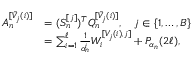
\begin{array} { r l } { A _ { n } ^ { [ \tilde { V } _ { j } ( i ) ] } } & { = ( S _ { n } ^ { [ j ] } ) ^ { T } Q _ { n } ^ { [ \tilde { V } _ { j } ( i ) ] } , \quad j \in \{ 1 , \dotsc , B \} } \\ & { = \sum _ { i = 1 } ^ { \ell } \frac { 1 } { \alpha _ { n } ^ { i } } W _ { i } ^ { [ V _ { j } ( i ) , j ] } + P _ { \alpha _ { n } } ( 2 \ell ) , } \end{array}